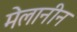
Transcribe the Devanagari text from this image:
मेलानीन